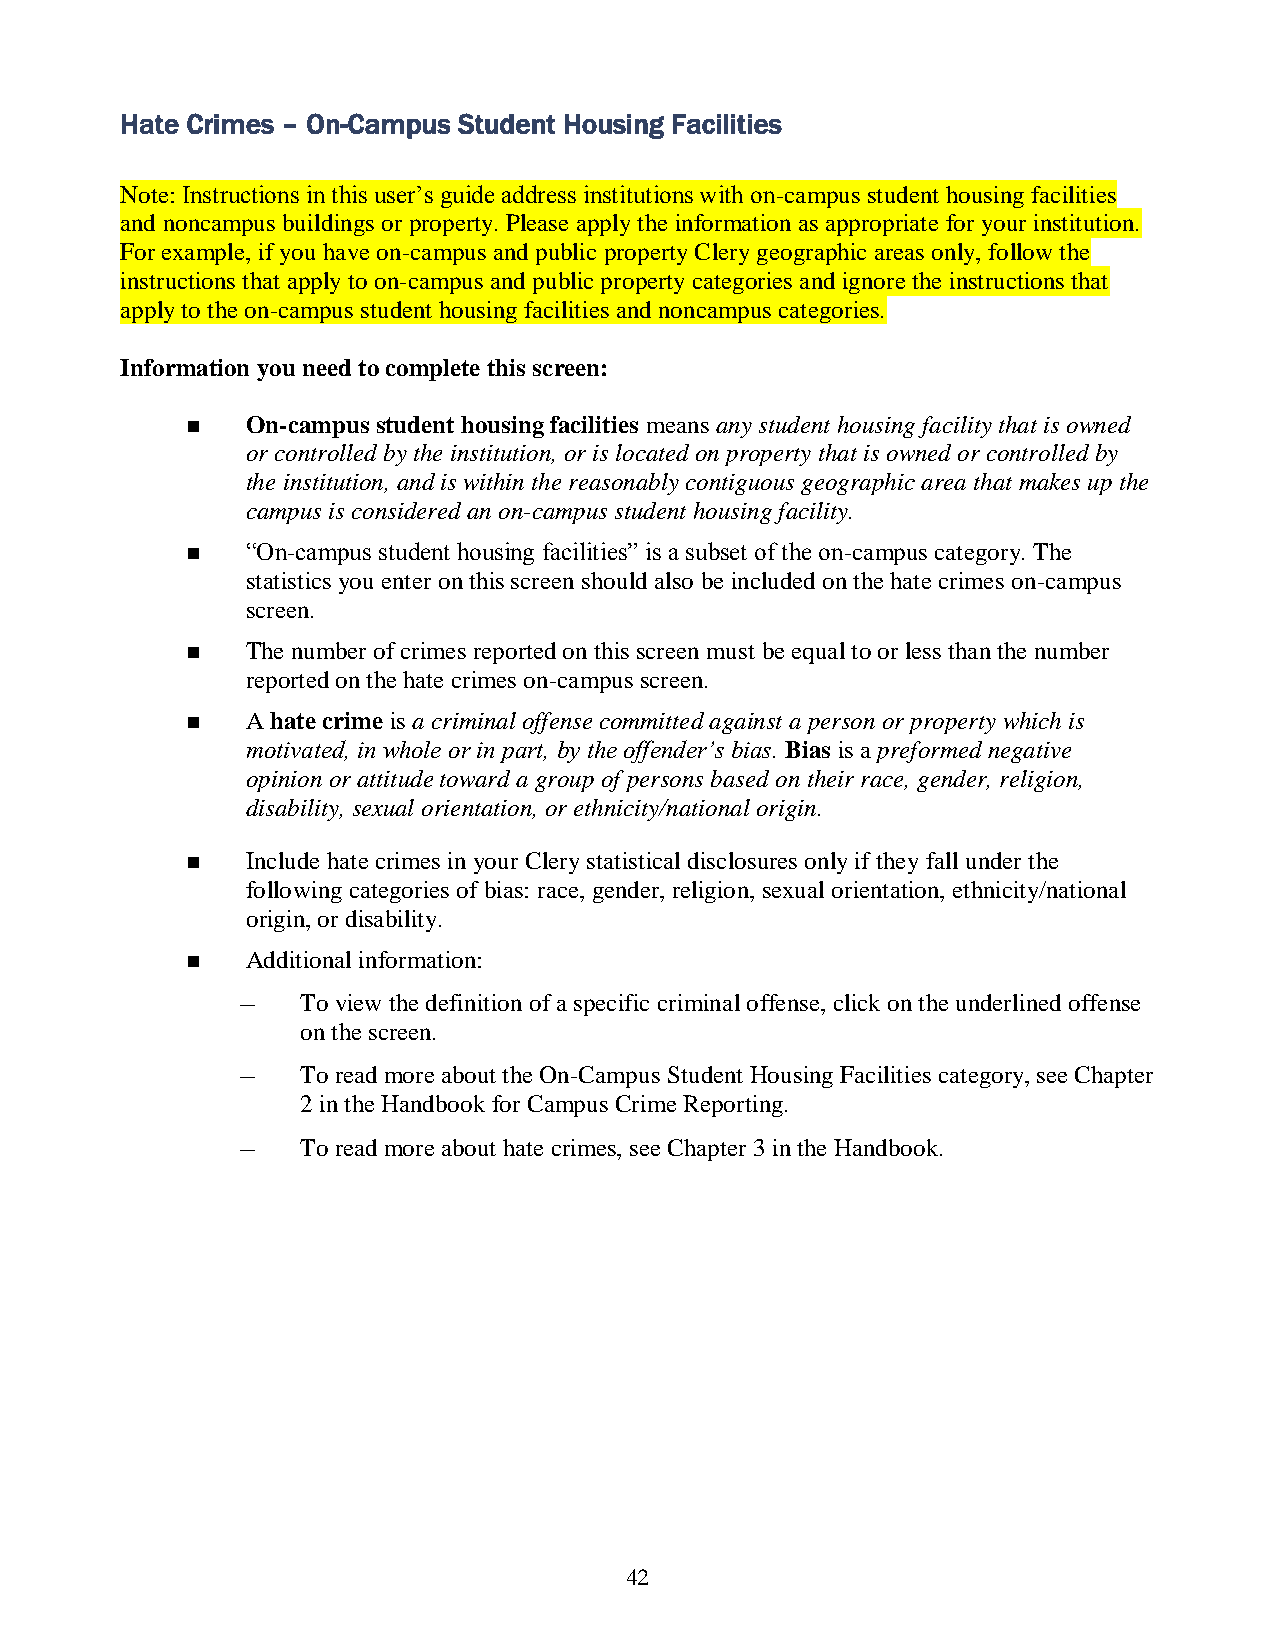
Hate Crimes – On-Campus Student Housing Facilities
 Note: Instructions in this user’s guide address institutions with on-campus student housing facilities
 and noncampus buildings or property. Please apply the information as appropriate for your institution.
 For example, if you have on-campus and public property Clery geographic areas only, follow the
 instructions that apply to on-campus and public property categories and ignore the instructions that
 apply to the on-campus student housing facilities and noncampus categories.
 Information you need to complete this screen:
    On-campus student housing facilities means any student housing facility that is owned
 or controlled by the institution, or is located on property that is owned or controlled by
 the institution, and is within the reasonably contiguous geographic area that makes up the
 campus is considered an on-campus student housing facility.
    “On-campus student housing facilities” is a subset of the on-campus category. The
 statistics you enter on this screen should also be included on the hate crimes on-campus
 screen.
    The number of crimes reported on this screen must be equal to or less than the number
 reported on the hate crimes on-campus screen.
    A hate crime is a criminal offense committed against a person or property which is
 motivated, in whole or in part, by the offender’s bias. Bias is a preformed negative
 opinion or attitude toward a group of persons based on their race, gender, religion,
 disability, sexual orientation, or ethnicity/national origin.
    Include hate crimes in your Clery statistical disclosures only if they fall under the
 following categories of bias: race, gender, religion, sexual orientation, ethnicity/national
 origin, or disability.
    Additional information:
 –   To view the definition of a specific criminal offense, click on the underlined offense
 on the screen.
 –   To read more about the On-Campus Student Housing Facilities category, see Chapter
 2 in the Handbook for Campus Crime Reporting.
 –   To read more about hate crimes, see Chapter 3 in the Handbook.
 42